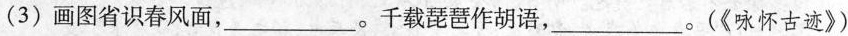
(3)画图省识春风面___。千载琵琶作胡语___。(《咏怀古迹》)